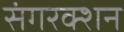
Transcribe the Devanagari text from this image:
संगरक्शन